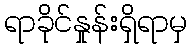
ရာခိုင်နှုန်းရှိရာမှ